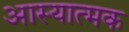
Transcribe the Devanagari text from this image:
आस्यात्मक